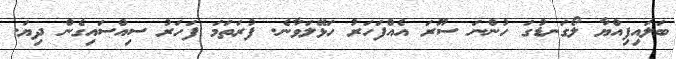
ބަލައިފިއްޔާ ލޯގަނޑުގަ ހުންނަ ސޫރަ އެއްފަހަރު ހަޅޭލަވާނެ. ފުރަތަމަ ފަހަރު ސިއްސައިގެން ދިޔަ.